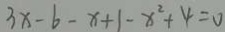
3 x - b - x + 1 - x ^ { 2 } + 4 = 0